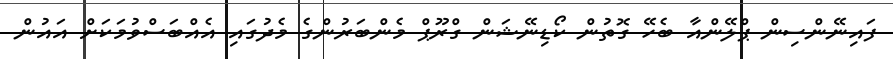
ފައިނޭންސިން ޕްލޭންއާ ބެހޭ ގޮތުން ކޯޑިނޭޝަން ގްރޫޕް މެންބަރުންގެ މެދުގައި އެއްބަސްވުމަކަށް އައުން